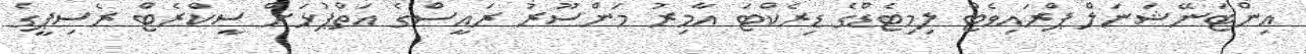
އިންޓަނޭޝަނަލް ޕްރައިވެޓް ލިމިޓެޑްގެ ޑިރެކްޓަ އާމިރު މަންސޫރު ރައީސްގެ އަތްޕުޅަށް ސީކްރެޓް ރެސިޕީގެ